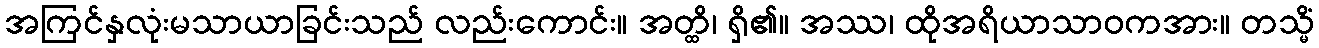
အကြင်နှလုံးမသာယာခြင်းသည် လည်းကောင်း။ အတ္ထိ၊ ရှိ၏။ အဿ၊ ထိုအရိယာသာဝကအား။ တသ္မိံ